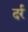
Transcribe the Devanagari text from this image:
दर्र